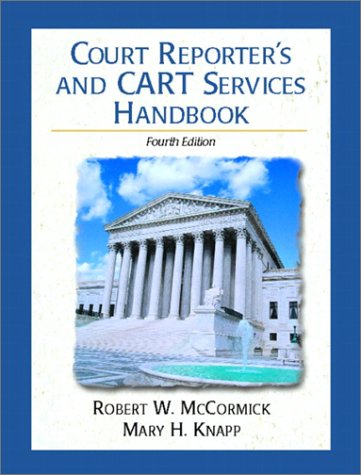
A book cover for Court Reporter's and CART Services Handbook (4th Edition); Robert W. McCormick; Law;